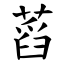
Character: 蓞